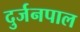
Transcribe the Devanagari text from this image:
दुर्जनपाल